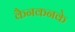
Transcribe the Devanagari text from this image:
कैनकनके